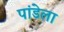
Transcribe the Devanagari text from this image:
पांडेला